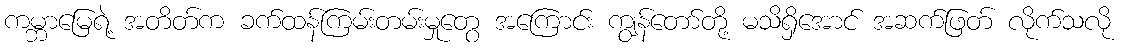
ကမ္ဘာမြေရဲ့ အတိတ်က ခက်ထန်ကြမ်းတမ်းမှုတွေ အကြောင်း ကျွန်တော်တို့ မသိရှိအောင် အဆက်ဖြတ် လိုက်သလို